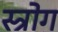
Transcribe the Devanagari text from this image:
स्त्रोग